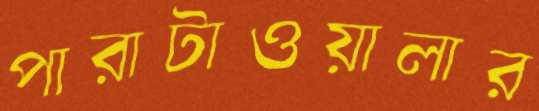
পারাটাওয়ালার